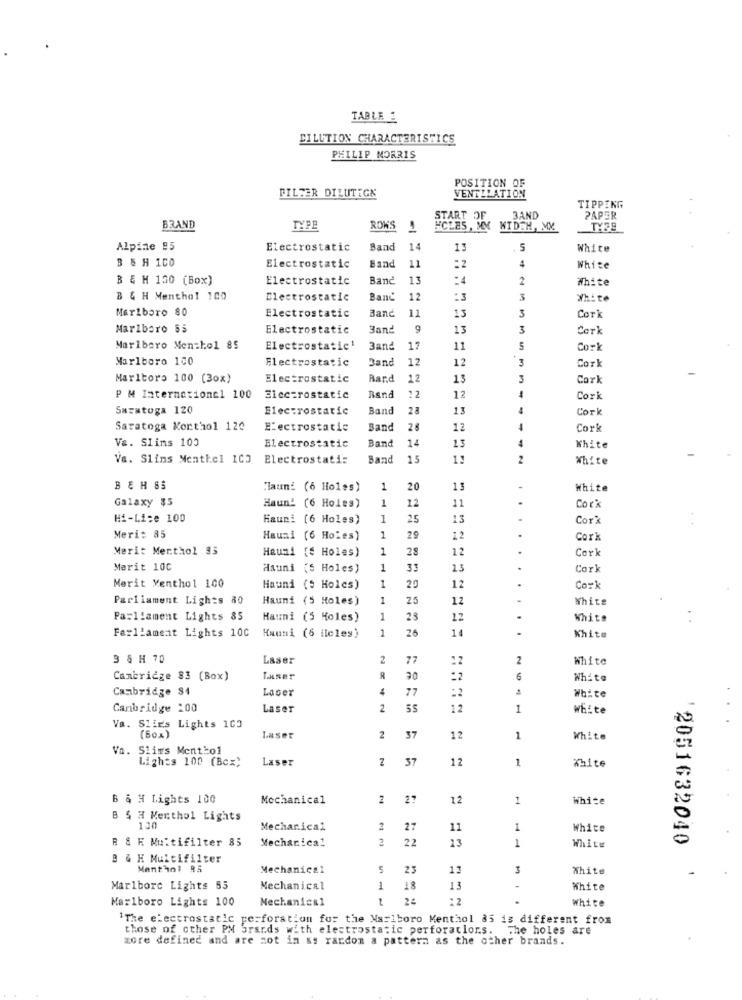
TABLE E
DILUTION CHARACTERISTICS
PHILIP MORRIS
POSITION OF
VENTILATION
FILTER DILUTEGK
TIPPING
3AND
PAPER
BRAND
TYPE
ROKS
MIDER, MM.
TY38
Alpine 95
Electrostatic
Band
14
13
5
White
B & H 100
11
4
Electrostatic
Band
White
B EM 130 (Box)
Electrostatic
Band
13
:4
2
White
B & H Menthal 100
Electrostatic
Band
12
:3
3
White
Marlboro 80
Electrostatic
3
Banc
11
13
Cork
Marlboro Ss
Electrostatic
Band
9
13
3
Marlboro Men=kol 85
Electrostatic!
3and
17
11
5
Cork
Marlboro 100
Electrostatic
Band
12
12
Cor
Maritoro 100 (30x)
Electrostatic
Bar.d
12
13
Cork
12
12
PM International 100
Electrostatic
Rand
Cori
Saratoga 120
Electrostatic
Band
28
13
Cork
Saratoga Korthol 120
Electrostatic
Band
28
12
Cork
Va. Slims 100
Electrostatic
14
13
Band
White
Va. Siins Menthel IC3
Electrostati:
Band
15
11
2
White
BEH SS
Hauni (6 Holes)
1
20
13
White
Galaxy $5
1
Haun' (6 Holes)
12
11
Corx
Hi-Lice 100
Hauni [6 Holes)
25
13
Cor?
Meri: 85
Hauni (6 Holes)
1
29
12
Cork
Merit Merthol 35
Heuni (€ Holes)
1
28
12
Cork
Marit 100
Hauni (§ Holes)
1
13
Cork
20
Merit Menthol 100
Hauni (§ Holes)
1
12
Cork
Parliament Lights 80
Hauni (5 Holes)
1
25
12
White
Parliament Lights 85
Hauni (5 Holes)
1
28
12
.
White
Farllameat Lights 100
Hauni (6 ileles)
1
26
14
.
White
3 & H 70
Laser
2
77
2
White
Cambridge 83 (Box)
Laser
:2
6
White
Cambridge $4
Laser
4
77
:2
White
Cambridge 200
Laser
2
55
12
1
White
Va. Slies Lights 103
(50x)
Laser
2
37
12
1
White
Va. Slims Menthol
Lights 100 (Bcx)
Laser
37
12
1
White
B & # Lights 100
Mechanical
2
27
12
1
White
B 5 H Menthol Lights
130
Mechanical
2
27
11
1
White
R & E Multifilter 85
Mechanical
2
22
13
1
'2051632040
White
B & H Multifilter
Menthol 95
Mechanical
23
12
White
Marlboro Lights 55
Mechanical
1
18
13
.
White
Marlboro Lights 100
Mechanical
24
:2
White
'The electrostatic perforation for the Marlboro Menthol 85 is different from
those of other PM brands with electrostatic perforations. The holes are
xore defined and are not in ss rardon a pattern as the other brands.